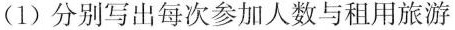
(1) 分别写出每次参加人数与租用旅游